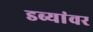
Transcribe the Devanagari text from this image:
डब्यांवर